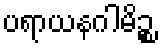
ပရာယနဂါမိဉ္စ